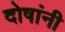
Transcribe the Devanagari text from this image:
दोषांनी